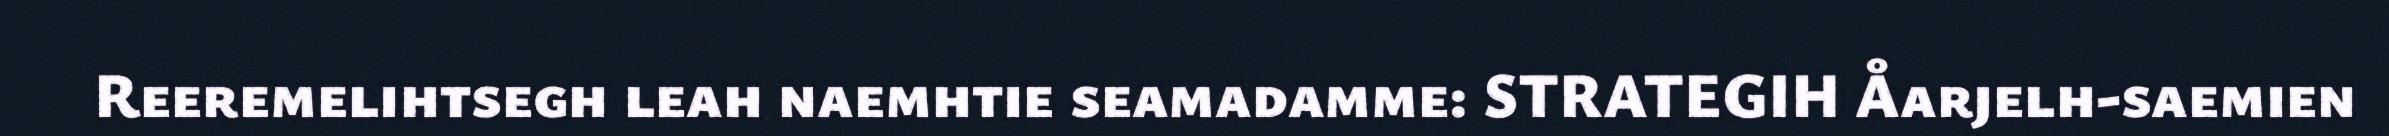
Reeremelihtsegh leah naemhtie seamadamme: STRATEGIH Åarjelh-saemien